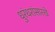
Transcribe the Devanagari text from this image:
धुरंधरांसारखे